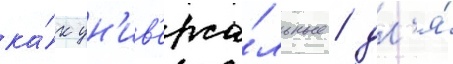
ка́к ун'ив'ерса́льные / дл'я́